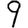
Digit: 9